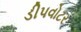
ડીપવોટર